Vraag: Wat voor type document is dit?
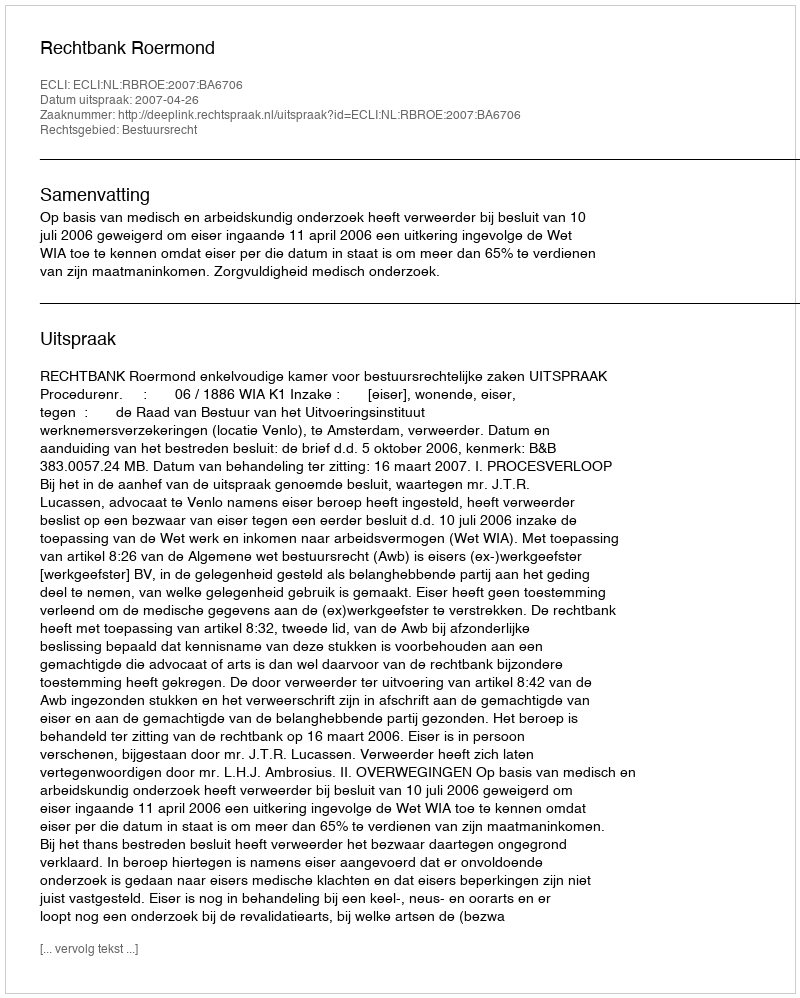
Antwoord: Uitspraak